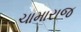
ચામારાજ